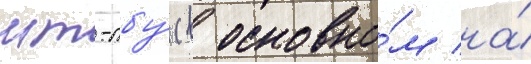
мт-лбу́ (в основно́м на́